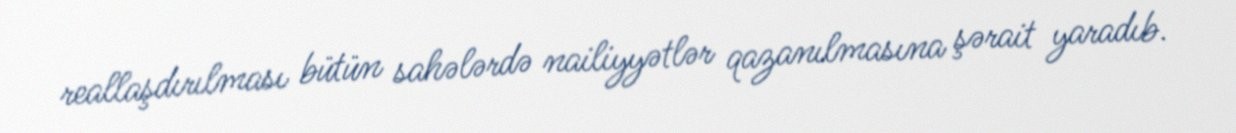
reallaşdırılması bütün sahələrdə nailiyyətlər qazanılmasına şərait yaradıb.